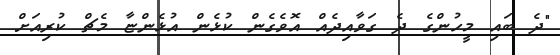
"ދެ ބައި މީހުންގެ ދެ ގަވާއިދެއް އޮވެގެން ކުޅެން އުޅެންޏާ މެޗް ކުރިއަށް